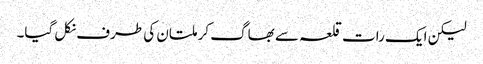
لیکن ایک رات قلعہ سے بھاگ کر ملتان کی طرف نکل گیا۔